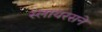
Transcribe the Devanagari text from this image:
स्लायरसने